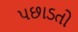
પછાડતો